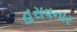
હરાવનાર